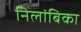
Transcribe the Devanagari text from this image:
निलांबिका